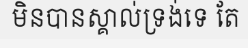
មិនបានស្គាល់ទ្រង់ទេ តែ